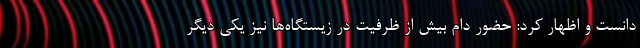
دانست و اظهار کرد: حضور دام بیش از ظرفیت در زیستگاه‌ها نیز یکی دیگر